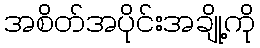
အစိတ်အပိုင်းအချို့ကို